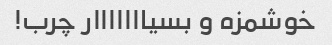
خوشمزه و بسیااااااار چرب!